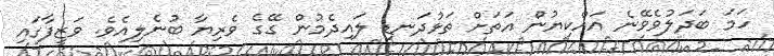
ހަމަ ބަދަލުވެވޭނެ އައްކިޔުން އަތަށް ތަޅުދަނޑި ލައިދެމުން ގޭގެ ވެރިޔާ ބުނެލިއެވެ. ވަޒީފާގައި